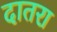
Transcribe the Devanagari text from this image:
दातरा